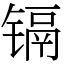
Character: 镉